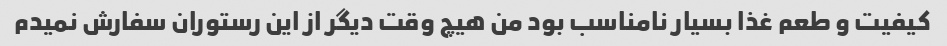
کیفیت و طعم غذا بسیار نامناسب بود من هیچ وقت دیگر از این رستوران سفارش نمیدم